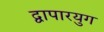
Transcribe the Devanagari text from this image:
द्वापारयुग